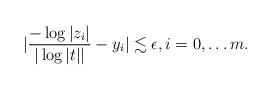
LaTeX: \begin{align*}| \frac{-\log |z_i| }{|\log |t||} -y_i|\lesssim \epsilon,i=0,\ldots m.\end{align*}